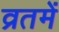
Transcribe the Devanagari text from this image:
व्रतमें